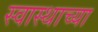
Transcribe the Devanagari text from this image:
स्वास्थाच्या